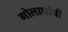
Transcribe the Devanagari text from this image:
गोलार्धाची